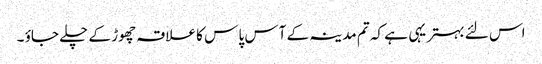
اس لئے بہتر یہی ہے کہ تم مدینہ کے آس پا س کا علاقہ چھوڑ کے چلے جاؤ ۔